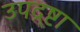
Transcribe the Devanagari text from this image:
उपद्र्ष्टा